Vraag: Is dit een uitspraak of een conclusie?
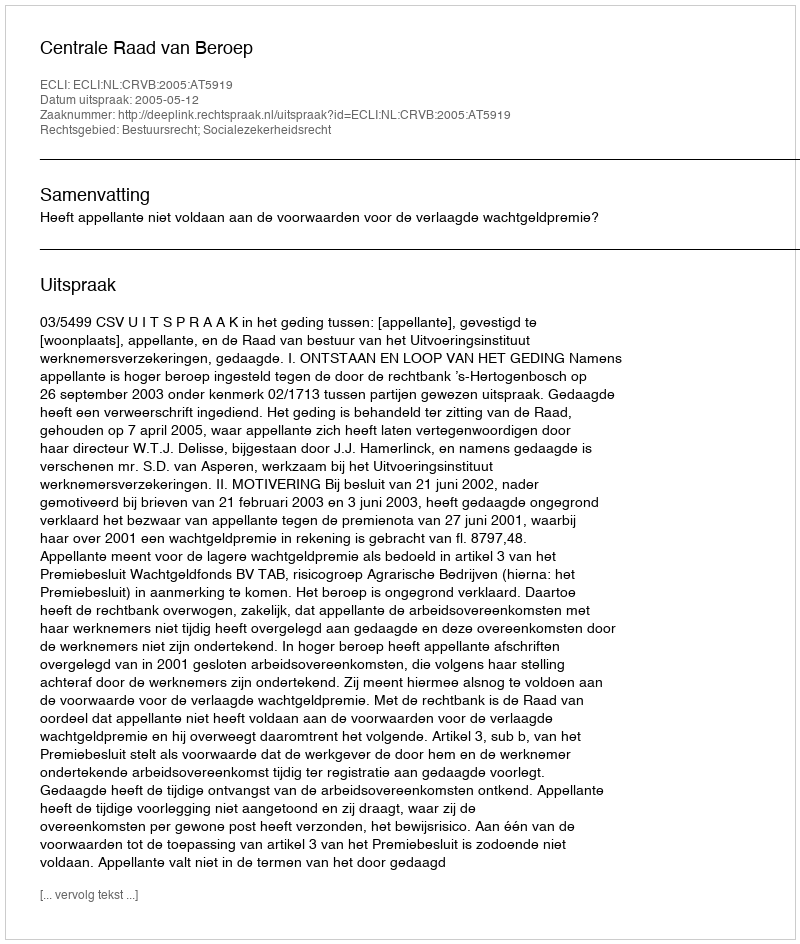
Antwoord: Uitspraak